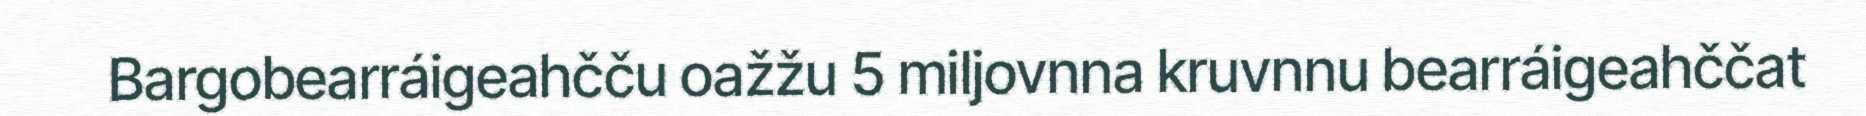
﻿ ﻿﻿ Bargobearráigeahčču oažžu 5 miljovnna kruvnnu bearráigeahččat